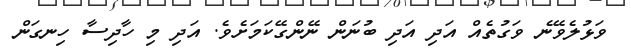
ވަޅުލެވޭނެ ވަގުތެއް އަދި އަދި ބުނަން ނޭންގޭކަމަށެވެ. އަދި މި ހާދިސާ ހިނގަން